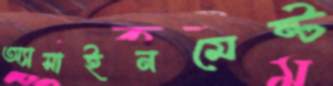
অ্যাসাইনমেন্ট